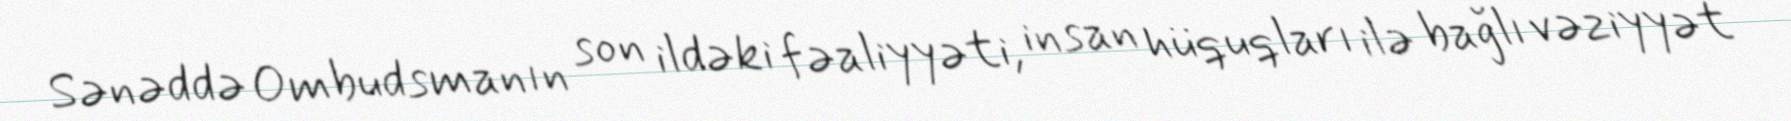
Sənəddə Ombudsmanın son ildəki fəaliyyəti, insan hüquqları ilə bağlı vəziyyət